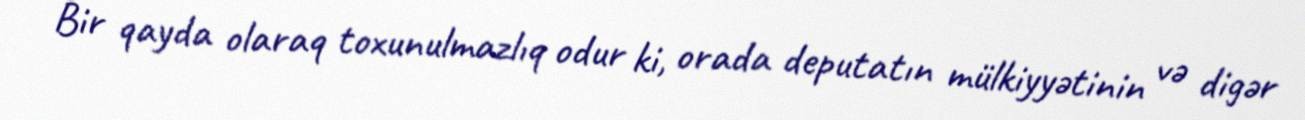
Bir qayda olaraq toxunulmazlıq odur ki, orada deputatın mülkiyyətinin və digər